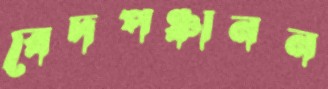
বেদপঞ্চানন